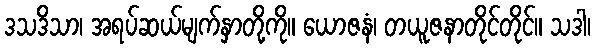
ဒသဒိသာ၊ အရပ်ဆယ်မျက်နှာတို့ကို။ ယောဇနံ၊ တယူဇနာတိုင်တိုင်။ သဒါ၊